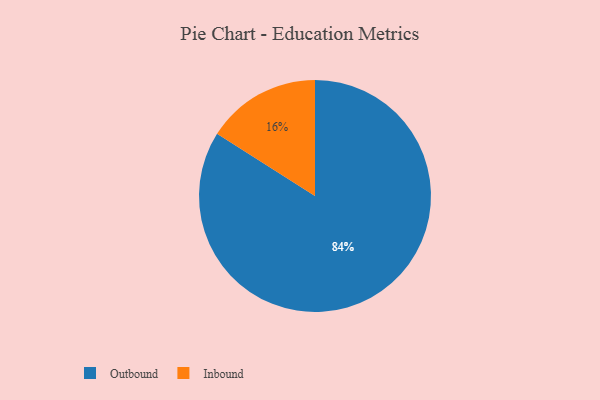
{"axis": {"x": "Category", "y": "Percentage"}, "legend": ["Inbound", "Outbound"], "data": [{"x": "Outbound", "y": 84, "type": "Outbound"}, {"x": "Inbound", "y": 16, "type": "Inbound"}]}